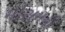
મોસમની